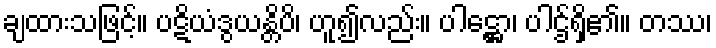
ချထားသဖြင့်။ ပဋိယံဒွယန္တိပိ၊ ဟူ၍လည်း။ ပါဋ္ဌော၊ ပါဌ်ရှိ၏။ တဿ၊